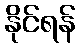
နိုင်ရန်